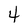
Character: 4